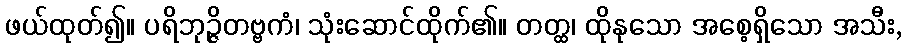
ဖယ်ထုတ်၍။ ပရိဘုဉ္ဇိတဗ္ဗကံ၊ သုံးဆောင်ထိုက်၏။ တတ္ထ၊ ထိုနုသော အစေ့ရှိသော အသီး,